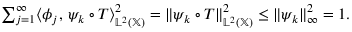
\begin{array} { r } { \sum _ { j = 1 } ^ { \infty } \ensuremath { \langle \phi _ { j } , \, \psi _ { k } \circ T \rangle } _ { \mathbb { L } ^ { 2 } ( \ensuremath { \mathbb { X } } ) } ^ { 2 } = \| \psi _ { k } \circ T \| _ { \mathbb { L } ^ { 2 } ( \ensuremath { \mathbb { X } } ) } ^ { 2 } \leq \| \psi _ { k } \| _ { \infty } ^ { 2 } = 1 . } \end{array}